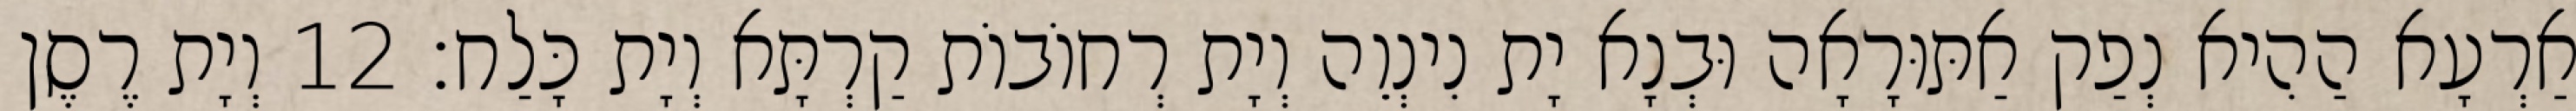
אַרְעָא הַהִיא נְפַק אַתּוּרָאָה וּבְנָא יָת נִינְוֵה וְיָת רְחוֹבוֹת קַרְתָּא וְיָת כָּלַח׃ 12 וְיָת רֶסֶן